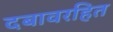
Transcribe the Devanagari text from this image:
दबावरहित